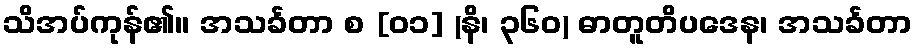
သိအပ်ကုန်၏။ အသင်္ခတာ စ [၀၁] (နိ၊ ၃၆၀) ဓာတူတိပဒေန၊ အသင်္ခတာ